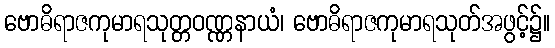
ဗောဓိရာဇကုမာရသုတ္တဝဏ္ဏနာယံ၊ ဗောဓိရာဇကုမာရသုတ်အဖွင့်၌။